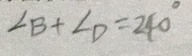
\angle B + \angle D = 2 4 0 ^ { \circ }